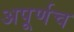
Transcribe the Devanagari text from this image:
अपूर्णच